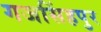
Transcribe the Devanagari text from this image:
गजसिंहपुर